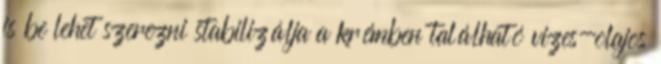
is be lehet szerezni stabilizálja a krémben található vizes-olajos